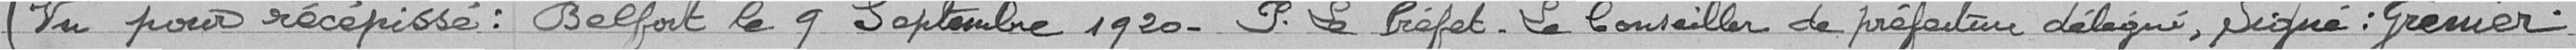
(Vu pour récépissé : Belfort le 9 Septembre 1920. Pour le Préfet. Le Conseiller de préfecture délégué, signé : Grenier)